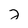
Character: 2